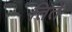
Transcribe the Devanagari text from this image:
तिते